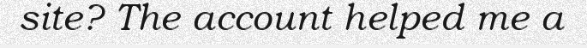
site? The account helped me a